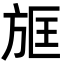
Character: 𣃱